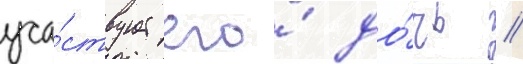
уча́ствует его́ до́чь //